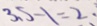
3 . 5 - 1 = 2 .